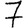
Digit: 7